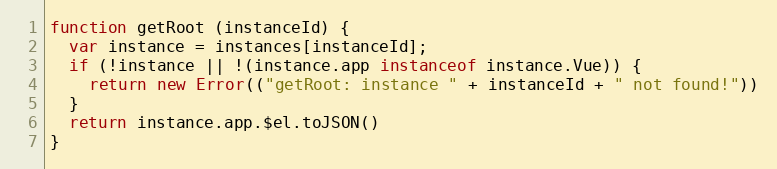
Language: JavaScript
function getRoot (instanceId) {
  var instance = instances[instanceId];
  if (!instance || !(instance.app instanceof instance.Vue)) {
    return new Error(("getRoot: instance " + instanceId + " not found!"))
  }
  return instance.app.$el.toJSON()
}